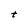
Character: h